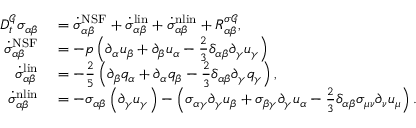
\begin{array} { r l } { D _ { t } ^ { \mathcal { G } } \sigma _ { \alpha \beta } } & { { } = \dot { \sigma } _ { \alpha \beta } ^ { \mathrm { N S F } } + \dot { \sigma } _ { \alpha \beta } ^ { \mathrm { l i n } } + \dot { \sigma } _ { \alpha \beta } ^ { \mathrm { n l i n } } + R _ { \alpha \beta } ^ { \sigma \mathcal { G } } , } \\ { \dot { \sigma } _ { \alpha \beta } ^ { \mathrm { N S F } } } & { { } = - p \left( \partial _ { \alpha } u _ { \beta } + \partial _ { \beta } u _ { \alpha } - \frac { 2 } { 3 } \delta _ { \alpha \beta } \partial _ { \gamma } u _ { \gamma } \right) } \\ { \dot { \sigma } _ { \alpha \beta } ^ { \mathrm { l i n } } } & { { } = - \frac { 2 } { 5 } \left( \partial _ { \beta } q _ { \alpha } + \partial _ { \alpha } q _ { \beta } - \frac { 2 } { 3 } \delta _ { \alpha \beta } \partial _ { \gamma } q _ { \gamma } \right) , } \\ { \dot { \sigma } _ { \alpha \beta } ^ { \mathrm { n l i n } } } & { { } = - \sigma _ { \alpha \beta } \left( \partial _ { \gamma } u _ { \gamma } \right) - \left( \sigma _ { \alpha \gamma } \partial _ { \gamma } u _ { \beta } + \sigma _ { \beta \gamma } \partial _ { \gamma } u _ { \alpha } - \frac { 2 } { 3 } \delta _ { \alpha \beta } \sigma _ { \mu \nu } \partial _ { \nu } u _ { \mu } \right) . } \end{array}